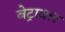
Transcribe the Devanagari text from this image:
बेट्रावल